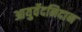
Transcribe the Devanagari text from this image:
आयुर्वेदनिदान